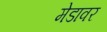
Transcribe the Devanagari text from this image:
मेडावर